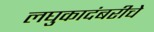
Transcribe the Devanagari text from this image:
लघुकादंबरीचे